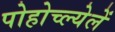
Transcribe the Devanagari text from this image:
पोहोच्ल्येलें